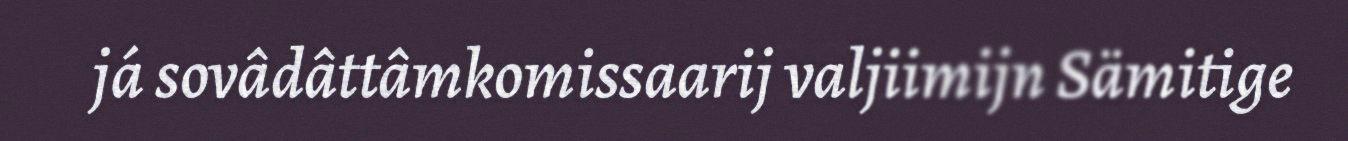
já sovâdâttâmkomissaarij valjiimijn Sämitige